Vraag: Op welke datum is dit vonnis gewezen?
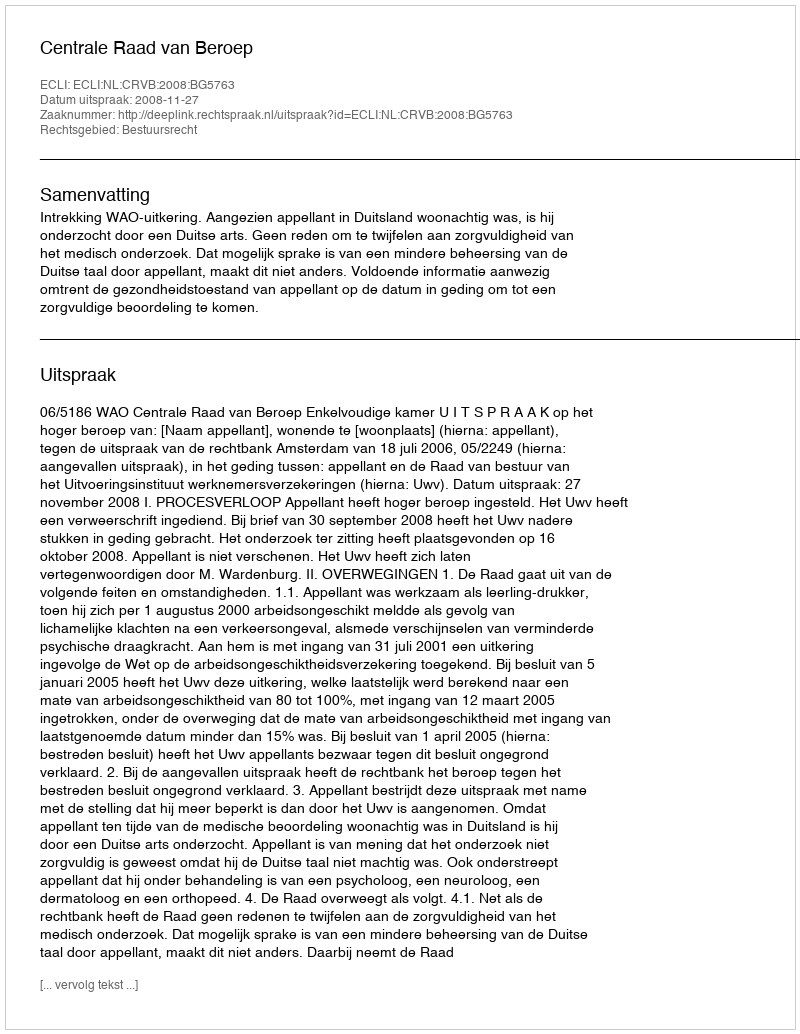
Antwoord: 2008-11-27